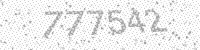
Solution: 777542